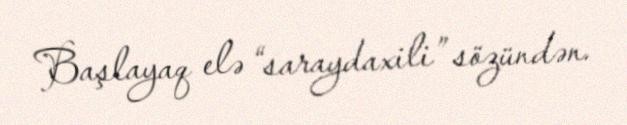
Başlayaq elə “saraydaxili” sözündən.